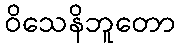
ဝိသေနိဘူတော